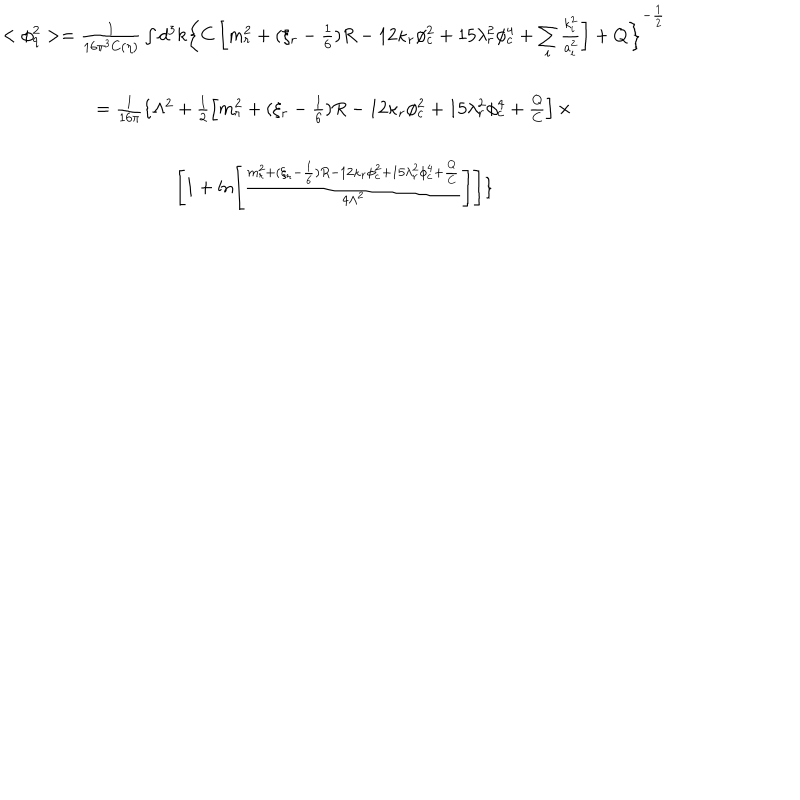
LaTeX: \begin{array} { c } { { < \phi _ { q } ^ { 2 } > = \frac 1 { 1 6 \pi ^ { 3 } C ( \eta ) } \int d ^ { 3 } k \left\{ C \left[ m _ { r } ^ { 2 } + ( \xi _ { r } - \frac 1 6 ) R - 1 2 \kappa _ { r } \phi _ { c } ^ { 2 } + 1 5 \lambda _ { r } ^ { 2 } \phi _ { c } ^ { 4 } + \sum _ { i } \frac { k _ { i } ^ { 2 } } { a _ { i } ^ { 2 } } \right] + Q \right\} ^ { - \frac 1 2 } } } \\ { { = \frac 1 { 1 6 \pi } \{ \Lambda ^ { 2 } + \frac 1 2 \left[ m _ { r } ^ { 2 } + ( \xi _ { r } - \frac 1 6 ) R - 1 2 \kappa _ { r } \phi _ { c } ^ { 2 } + 1 5 \lambda _ { r } ^ { 2 } \phi _ { c } ^ { 4 } + \frac Q C \right] \times } } \\ { { \hspace { 6 c m } \left[ 1 + \ln \left[ \frac { m _ { r } ^ { 2 } + ( \xi _ { r } - \frac 1 6 ) R - 1 2 \kappa _ { r } \phi _ { c } ^ { 2 } + 1 5 \lambda _ { r } ^ { 2 } \phi _ { c } ^ { 4 } + \frac Q C } { 4 \Lambda ^ { 2 } } \right] \right] \} } } \\ \end{array}